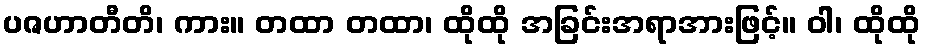
ပဇဟာတီတိ၊ ကား။ တထာ တထာ၊ ထိုထို အခြင်းအရာအားဖြင့်။ ဝါ၊ ထိုထို